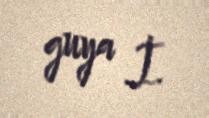
guya İ.